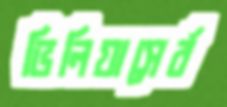
ভিলিয়াসের্র